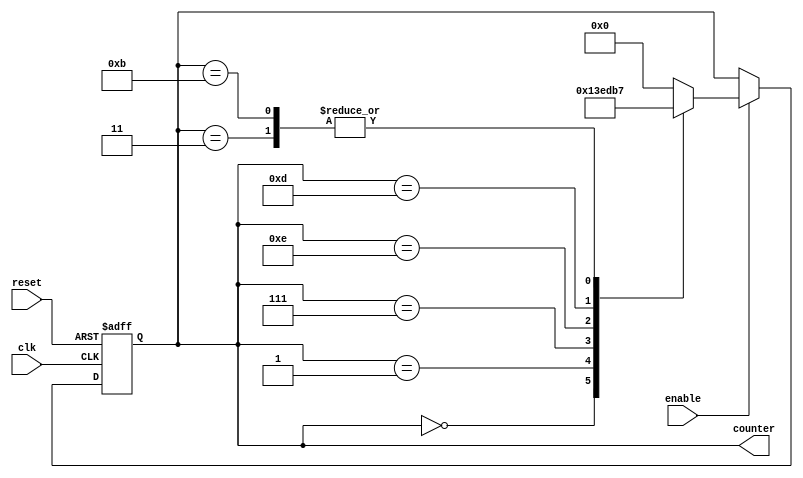
module johnson_counter (
   input wire clk,
   input wire reset,
   input wire enable,
   output reg [3:0] counter
);

reg [3:0] next_counter;

always @ (posedge clk or posedge reset) begin
   if (reset) begin
      counter <= 4'b0000;
   end else if (enable) begin
      counter <= next_counter;
   end
end

always @ (*) begin
   case (counter)
      4'b0000: next_counter = 4'b0001;
      4'b0001: next_counter = 4'b0011;
      4'b0011: next_counter = 4'b0111;
      4'b0111: next_counter = 4'b1110;
      4'b1110: next_counter = 4'b1101;
      4'b1101: next_counter = 4'b1011;
      4'b1011: next_counter = 4'b0111;
      default: next_counter = 4'b0000;
   endcase
end

endmodule